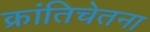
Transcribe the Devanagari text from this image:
क्रांतिचेतना